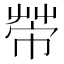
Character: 𢄆